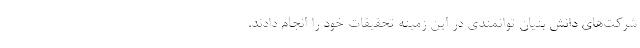
شرکت‌های دانش بنیان توانمندی در این زمینه تحقیقات خود را انجام دادند.